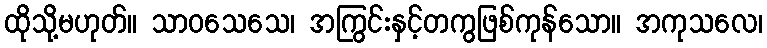
ထိုသို့မဟုတ်။ သာဝသေသေ၊ အကြွင်းနှင့်တကွဖြစ်ကုန်သော။ အကုသလေ၊